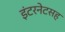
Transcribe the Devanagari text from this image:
इंटरनेटसह